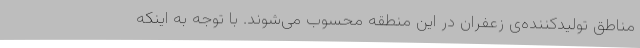
مناطق تولیدکننده‌ی زعفران در این منطقه محسوب می‌شوند. با توجه به اینکه